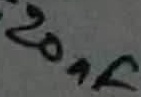
Text: 20nF